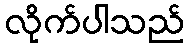
လိုက်ပါသည်